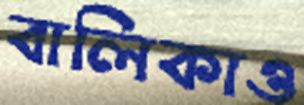
বালিকাও